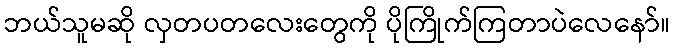
ဘယ်သူမဆို လှတပတလေးတွေကို ပိုကြိုက်ကြတာပဲလေနော်။